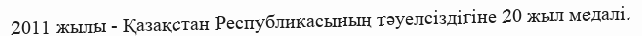
2011 жылы - Қазақстан Республикасының тәуелсіздігіне 20 жыл медалі.